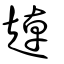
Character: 趠